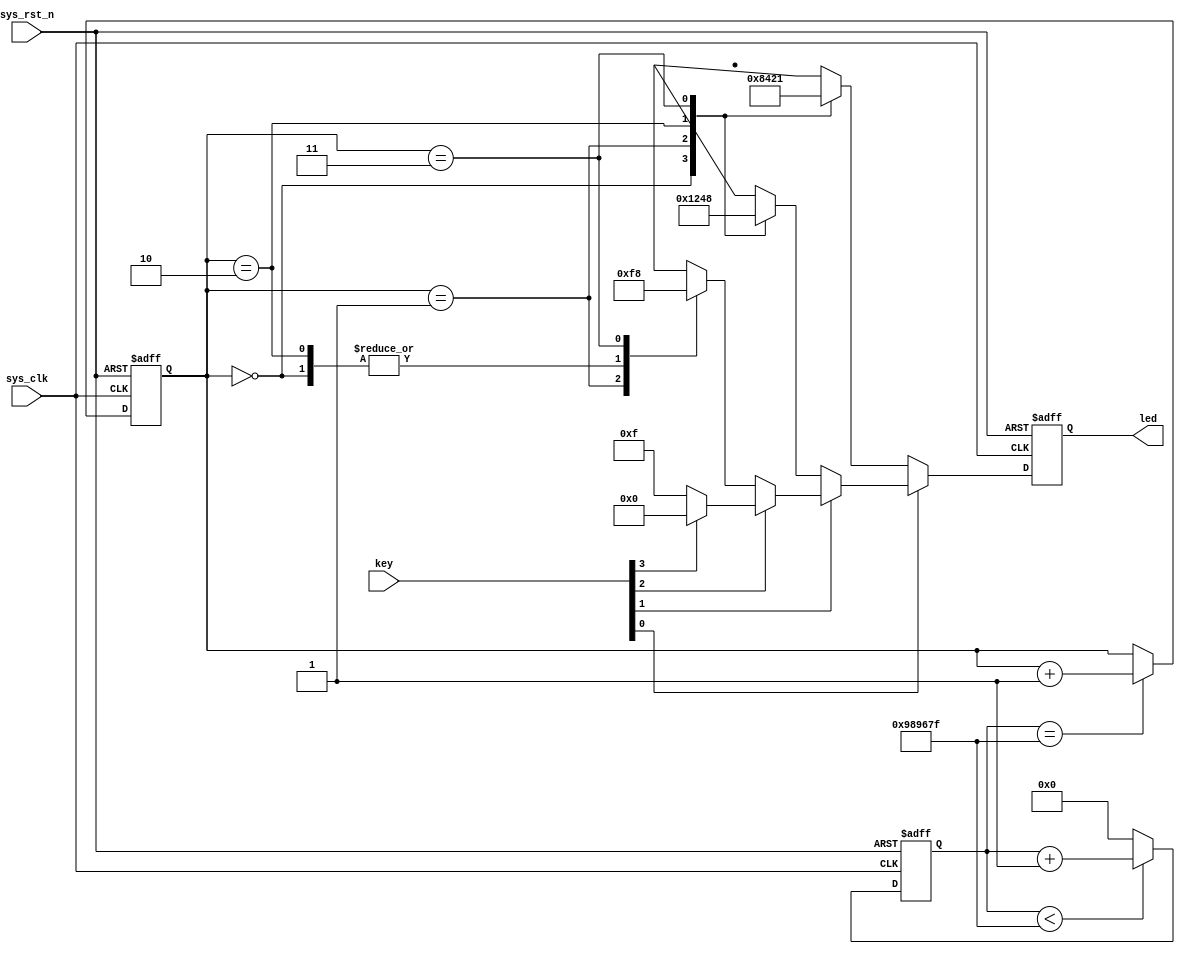
module key_led(
    input                 sys_clk,
    input                 sys_rst_n,
    input        [3:0]    key,
    output reg   [3:0]    led
);

reg [23:0]  counter;
reg [1:0]   led_control;

//0.2s
always @(posedge sys_clk or negedge sys_rst_n) begin
    if (!sys_rst_n)
        counter <= 24'd9_999_999;
    else if (counter <24'd9_999_999)
        counter <= counter + 1'b1;
    else
        counter <= 24'd0;
end

//0.2s
always @(posedge sys_clk or negedge sys_rst_n) begin
    if(!sys_rst_n)
        led_control <= 2'b00;
    else if(counter == 24'd9_999_999)
        led_control <= led_control + 1'b1;
    else
        led_control <= led_control; 
end

always @(posedge sys_clk or negedge sys_rst_n) begin
    if(!sys_rst_n)
        led <= 4'b0000;
    else if(key[0]==0)                      //1
        case(led_control)                   //
            2'b00   : led <= 4'b1000;
            2'b01   : led <= 4'b0100;
            2'b10   : led <= 4'b0010;
            2'b11   : led <= 4'b0001;
            default : led <= 4'b0000;
        endcase
    else if(key[1]==0)                      //2
        case (led_control)                  //
            2'b00   : led <= 4'b0001;
            2'b01   : led <= 4'b0010;
            2'b10   : led <= 4'b0100;
            2'b11   : led <= 4'b1000;
            default : led <= 4'b0000;
        endcase
    else if(key[2]==0)                      //3
        case(led_control)                   //
            2'b00   : led <= 4'b1111;
            2'b01   : led <= 4'b0000;
            2'b10   : led <= 4'b1111;
            2'b11   : led <= 4'b1000;
            default : led <= 4'b0000;
        endcase
    else if(key[3]==0)                      //4
        led = 4'b1111;                      //
    else
        led = 4'b0000;
end

endmodule